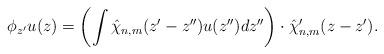
LaTeX: \begin{align*}\phi_{z'} u(z)= \left(\int \hat \chi_{n,m}(z'-z'') u(z'') dz''\right)\cdot \hat\chi'_{n,m}(z-z').\end{align*}